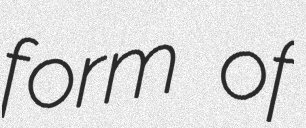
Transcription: form of